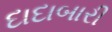
દાદાબારી